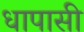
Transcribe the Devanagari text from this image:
धापासी